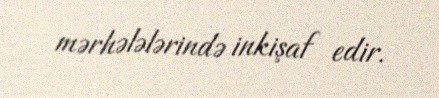
mərhələlərində inkişaf edir.